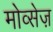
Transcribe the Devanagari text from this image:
मोव्सेज़